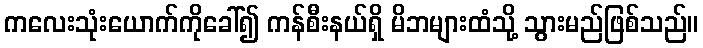
ကလေးသုံးယောက်ကိုခေါ်၍ ကန်စီးနယ်ရှိ မိဘများထံသို့ သွားမည်ဖြစ်သည်။